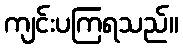
ကျင်းပကြရသည်။